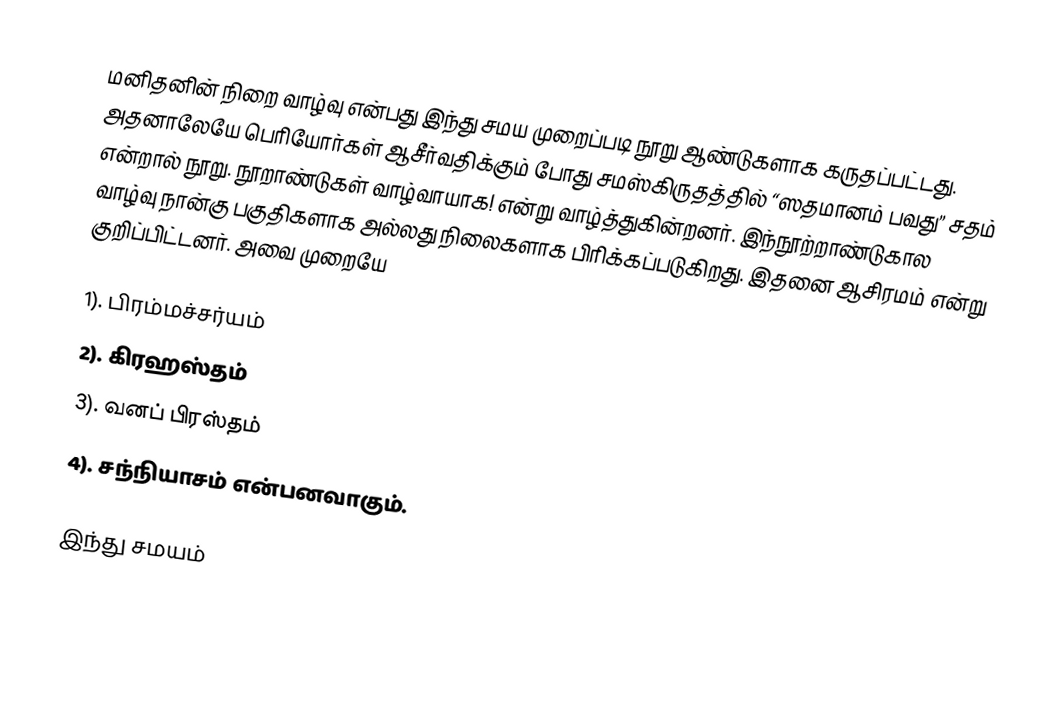
மனிதனின் நிறை வாழ்வு என்பது இந்து சமய முறைப்படி நூறு ஆண்டுகளாக கருதப்பட்டது. அதனாலேயே பெரியோர்கள் ஆசீர்வதிக்கும் போது சமஸ்கிருதத்தில் “ஸதமானம் பவது” சதம் என்றால் நூறு. நூறாண்டுகள் வாழ்வாயாக! என்று வாழ்த்துகின்றனர். இந்நூற்றாண்டுகால வாழ்வு நான்கு பகுதிகளாக அல்லது நிலைகளாக பிரிக்கப்படுகிறது. இதனை ஆசிரமம் என்று குறிப்பிட்டனர். அவை முறையே

1). பிரம்மச்சர்யம்
2). கிரஹஸ்தம்
3). வனப் பிரஸ்தம்
4). சந்நியாசம் என்பனவாகும்.

இந்து சமயம்